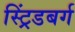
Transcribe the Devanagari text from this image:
स्ट्रिंडबर्ग